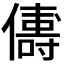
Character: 𬿻